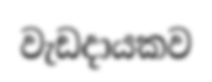
වැඩදායකව